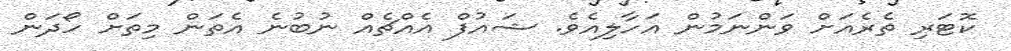
ކޮޓަރި ތެރެއަށް ވަންނަމުން އަހާލިއެވެ. ޝައުފް އެއްޗެއް ނުބުނެ އެތަން މިތަށް ހޯދަން